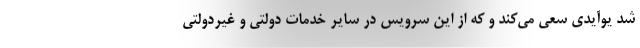
شد یوآیدی سعی می‌کند و که از این سرویس در سایر خدمات دولتی و غیردولتی